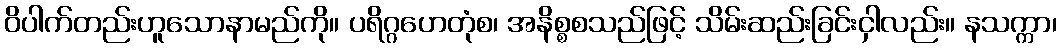
ဝိပါက်တည်းဟူသောနာမည်ကို။ ပရိဂ္ဂဟေတုံစ၊ အနိစ္စစသည်ဖြင့် သိမ်းဆည်းခြင်းငှါလည်း။ နသက္ကာ၊